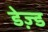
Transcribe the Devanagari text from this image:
डेज़्ड